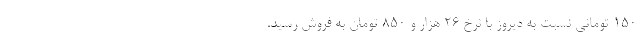
۱۵۰ تومانی نسبت به دیروز با نرخ ۲۶ هزار و ۸۵۰ تومان به فروش رسید.